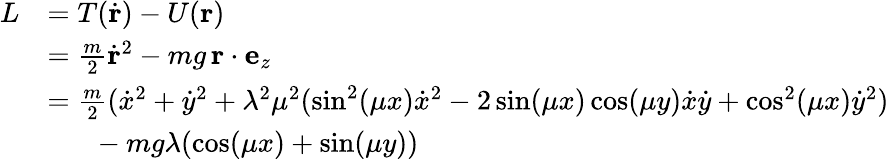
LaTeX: \begin{array}{rl}{L}&{=T(\dot{\mathbf{r}})-U(\mathbf r)}\\ &{=\frac m2\dot{\mathbf{r}}^{2}-mg\, \mathbf r\cdot\mathbf e_{z}}\\ &{=\frac m2(\dot{x}^{2}+\dot{y}^{2}+\lambda^{2}\mu^{2}(\sin^{2}(\mu x)\dot{x}^{2}-2\sin(\mu x)\cos(\mu y)\dot{x}\dot{y}+\cos^{2}(\mu x)\dot{y}^{2})}\\ &{\phantom{==}-mg\lambda(\cos(\mu x)+\sin(\mu y))}\end{array}